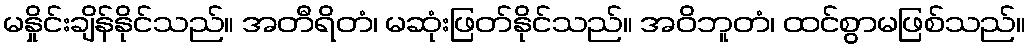
မနှိုင်းချိန်နိုင်သည်။ အတီရိတံ၊ မဆုံးဖြတ်နိုင်သည်။ အဝိဘူတံ၊ ထင်စွာမဖြစ်သည်။